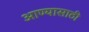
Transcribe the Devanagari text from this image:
आण्यासाठी